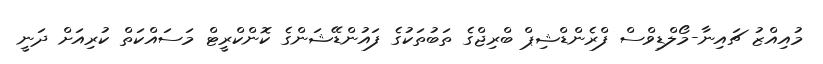
މުއިއްޒު ޗައިނާ-މޯލްޑިވްސް ފްރެންޑްޝިޕް ބްރިޖްގެ ތަބުތަކުގެ ފައުންޑޭޝަންގެ ކޮންކްރީޓް މަސައްކަތް ކުރިއަށް ދަނީ